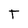
Character: T